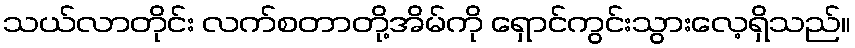
သယ်လာတိုင်း လက်စတာတို့အိမ်ကို ရှောင်ကွင်းသွားလေ့ရှိသည်။